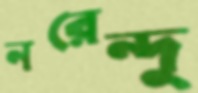
নরেন্দু